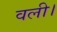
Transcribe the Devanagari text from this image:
वली।